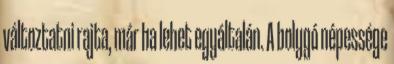
változtatni rajta, már ha lehet egyáltalán. A bolygó népessége